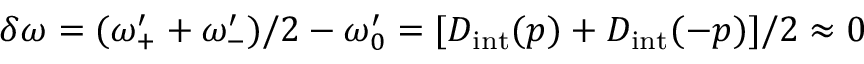
\delta \omega = ( \omega _ { + } ^ { \prime } + \omega _ { - } ^ { \prime } ) / 2 - \omega _ { 0 } ^ { \prime } = [ D _ { \mathrm { i n t } } ( p ) + D _ { \mathrm { i n t } } ( - p ) ] / 2 \approx 0